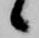
候